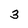
Character: 3